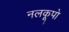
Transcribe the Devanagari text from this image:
नलकूपो